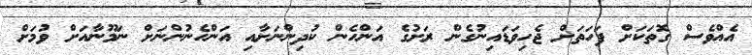
އެއްވެސް ގޮތަކަށް ފަހަތަށް ޖެހިވަޑައިނުގެން ރަށުގެ އަންހެން ކުދިންނަށާއި އަންހެނުންނަށް ނަމޫނާއަށް ވުމަށް